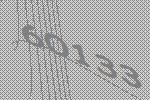
60133